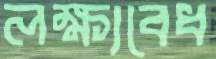
লক্ষ্যবেধ